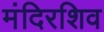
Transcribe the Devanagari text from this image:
मंदिरशिव